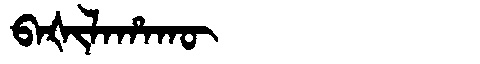
Manchu: ᠪᠠᡧᡳᠯᠠᡥᠠᡴᡡ
Romanization: BAŠILAHAKŪ